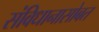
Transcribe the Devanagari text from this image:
संविधानासोबत